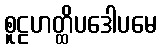
စူဠဟတ္ထိပဒေါပမေ